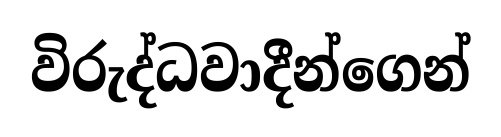
විරුද්ධවාදීන්ගෙන්